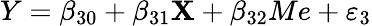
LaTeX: Y=\beta_{30}+\beta_{31}\mathbf{X}+\beta_{32}Me+\varepsilon_{3}